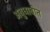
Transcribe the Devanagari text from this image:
अबुधाबीत